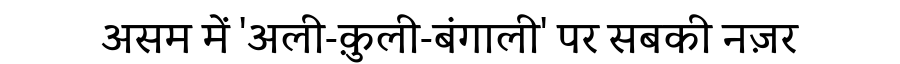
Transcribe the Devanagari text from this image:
असम में 'अली-क़ुली-बंगाली' पर सबकी नज़र